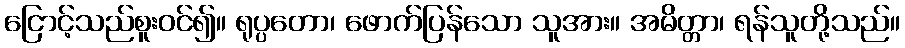
ငြောင့်သည်စူးဝင်၍။ ရုပ္ပတော၊ ဖောက်ပြန်သော သူအား။ အမိတ္တာ၊ ရန်သူတို့သည်။